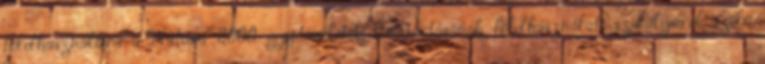
földhasználóira a Natura 2000 gyepterületek fenntartásának földhasználati szabályairól szóló